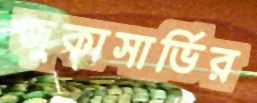
জুকাসার্ভির